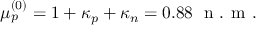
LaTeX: \mu _ { p } ^ { ( 0 ) } = 1 + \kappa _ { p } + \kappa _ { n } = 0 . 8 8 \; \textrm { n . m . }